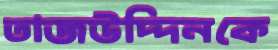
তাজউদ্দিনকে